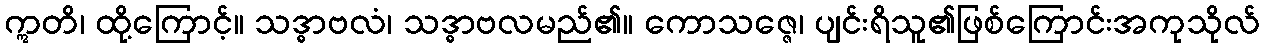
ဣတိ၊ ထို့ကြောင့်။ သဒ္ဓာဗလံ၊ သဒ္ဓာဗလမည်၏။ ကောသဇ္ဇေ၊ ပျင်းရိသူ၏ဖြစ်ကြောင်းအကုသိုလ်